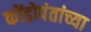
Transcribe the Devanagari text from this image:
कोंडोपंतांच्या